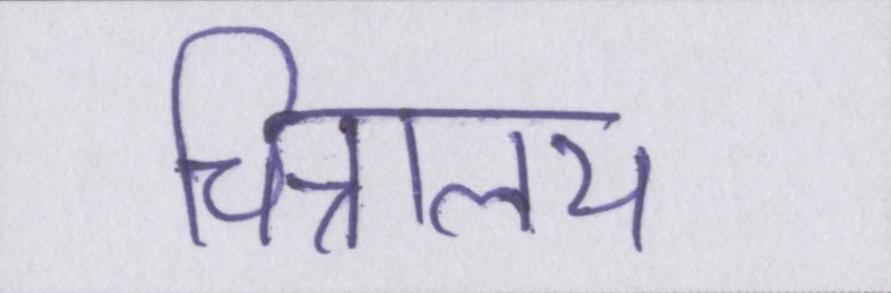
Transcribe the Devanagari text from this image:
चित्रालय